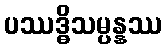
ပဿဒ္ဓိသမ္ပန္နဿ